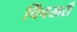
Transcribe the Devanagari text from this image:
चिंचखरी